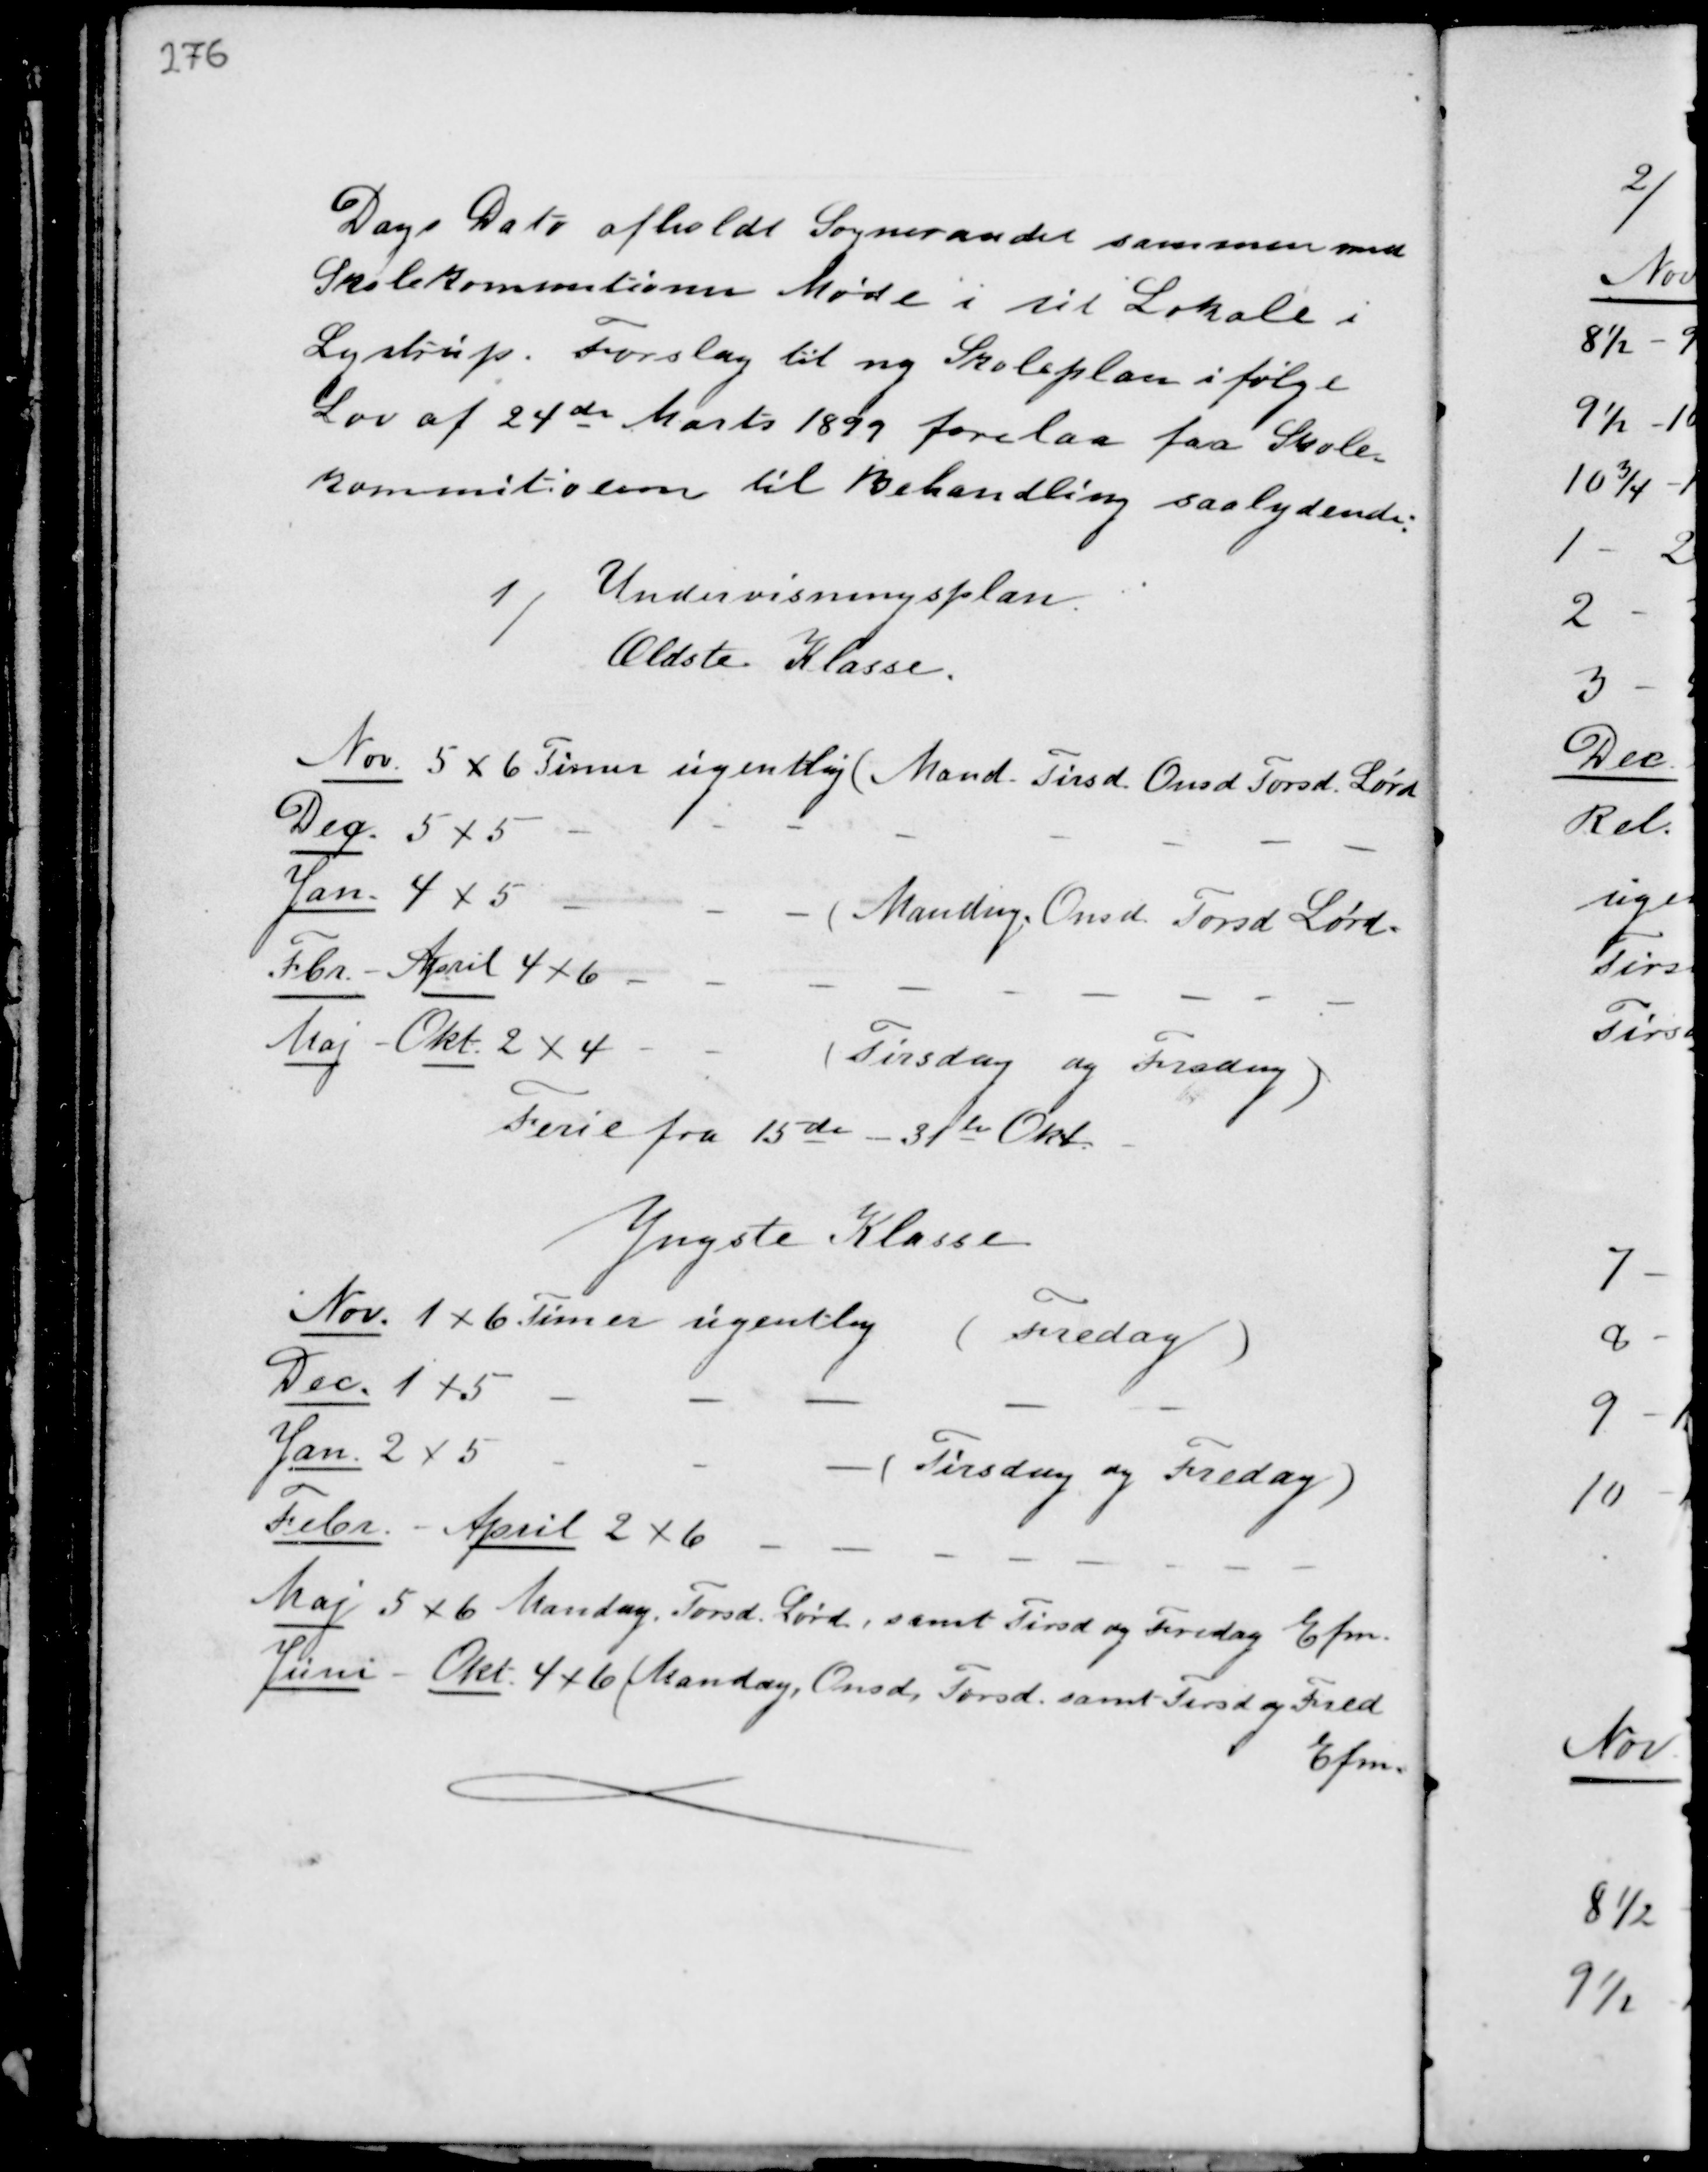
Transskription:
Dags Dato afholdt Sogneraadet sammen med
Skolekommitionen Møde i sit Lokale i
Lystrup. Foslag til ny Skoleplan ifølge
Lov af 24 de Marts 1899 forelaa fra Skole-
kommitionen til Behandling saaledes:

1/ Undervisningsplan
Ældste Klasse.
Nov 5 x 6 Timer ugentlig ( Mand Tirsd Onsd Torsd. Lørd
Dec 5 x 5 - - - - - - -
Jan 4 x 5 - - ( Mandag Onsd. Torsd Lørd.
Febr. - April 4 x 6 - - - - - -
Maj - Okt. 2 x 4 - - ( Tirsdag og Fredag )
Ferie fra 15de - 31te Okt.

Yngste KLasse
Nov. 1 x 6 Timer ugentlig ( Fredag )
Dec. 2 x 5 - - -
Jan. 2 x 5 - - ( Tirsdag og Fredag )
Febr. - April 2 x 6 - - -
Maj 5 x 6 Mandag Torsd. Lørd. samt Tirsd og Fredag Efm.
Juni - Okt 4 x 6 ( Mandag, Onsd. Torsd. samt Tirsd og Fred
Efm.